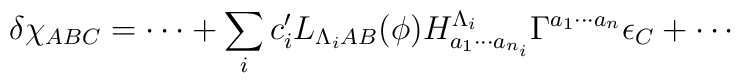
\delta \chi_{ABC} = \cdots + \sum_{i} c^\prime_i L_{\Lambda_i AB} (\phi)H^{\Lambda_i} _ {a_1\cdots a_{n_i}}\Gamma^{a_1\cdots a_n}\epsilon_C + \cdots